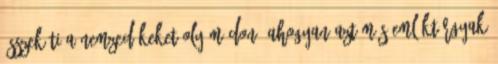
összeköti a nemzedékeket oly módon, ahogyan azt más emléktárgyak